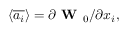
\left\langle \overline { { a _ { i } } } \right\rangle = \partial \textbf { W } _ { 0 } / \partial x _ { i } ,